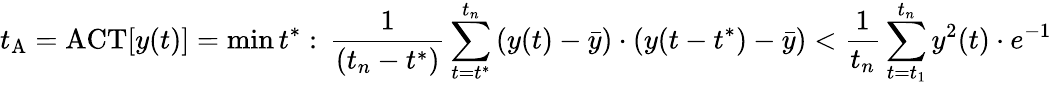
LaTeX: t_{\mathrm{A}}=\mathrm{ACT}[y(t)]=\mathrm{min}\, t^{\ast}:\, \frac{1}{(t_{n}-t^{\ast})}\sum_{t=t^{\ast}}^{t_{n}}\left(y(t)-\bar{y}\right)\cdot\left(y(t-t^{\ast}\right)-\bar{y})<\frac{1}{t_{n}}\sum_{t=t_{1}}^{t_{n}}y^{2}(t)\cdot e^{-1}